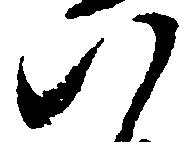
八